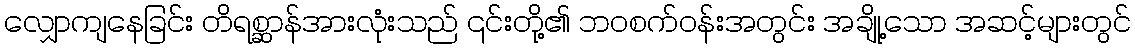
လျှောကျနေခြင်း တိရစ္ဆာန်အားလုံးသည် ၎င်းတို့၏ ဘဝစက်ဝန်းအတွင်း အချို့သော အဆင့်များတွင်